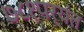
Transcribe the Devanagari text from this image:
७८१पर्यंत